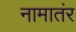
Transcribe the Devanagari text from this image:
नामातंर